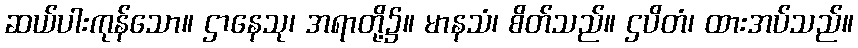
ဆယ်ပါးကုန်သော။ ဌာနေသု၊ အရာတို့၌။ မာနသံ၊ စိတ်သည်။ ဌပိတံ၊ ထားအပ်သည်။